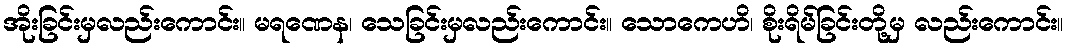
အိုးခြင်းမှလည်းကောင်း။ မရဏေန၊ သေခြင်းမှလည်းကောင်း။ သောကေဟိ၊ စိုးရိမ်ခြင်းတို့မှ လည်းကောင်း။